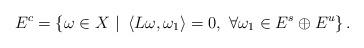
LaTeX: \begin{align*}E^{c}=\left\{ \omega\in X\ |\ \left\langle L\omega,\omega_{1}\right\rangle=0,\ \forall\omega_{1}\in E^{s}\oplus E^{u}\right\} . \end{align*}